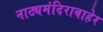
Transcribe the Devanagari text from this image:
नाट्यमंदिराबाहेर